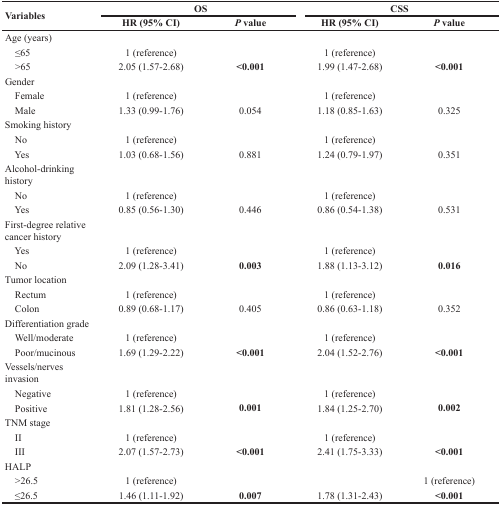
<table><thead><tr><td rowspan="2"><b>Variables</b></td><td colspan="2"><b>OS</b></td><td colspan="2"><b>CSS</b></td></tr><tr><td><b>HR (95% CI)</b></td><td><b><i>P</i> value</b></td><td><b>HR (95% CI)</b></td><td><b><i>P</i> value</b></td></tr></thead><tbody><tr><td>Age (years)</td><td></td><td></td><td></td><td></td></tr><tr><td> ≤65</td><td>1 (reference)</td><td></td><td>1 (reference)</td><td></td></tr><tr><td> &gt;65</td><td>2.05 (1.57-2.68)</td><td><b>&lt;0.001</b></td><td>1.99 (1.47-2.68)</td><td><b>&lt;0.001</b></td></tr><tr><td>Gender</td><td></td><td></td><td></td><td></td></tr><tr><td> Female</td><td>1 (reference)</td><td></td><td>1 (reference)</td><td></td></tr><tr><td> Male</td><td>1.33 (0.99-1.76)</td><td>0.054</td><td>1.18 (0.85-1.63)</td><td>0.325</td></tr><tr><td>Smoking history</td><td></td><td></td><td></td><td></td></tr><tr><td> No</td><td>1 (reference)</td><td></td><td>1 (reference)</td><td></td></tr><tr><td> Yes</td><td>1.03 (0.68-1.56)</td><td>0.881</td><td>1.24 (0.79-1.97)</td><td>0.351</td></tr><tr><td>Alcohol-drinking history</td><td></td><td></td><td></td><td></td></tr><tr><td> No</td><td>1 (reference)</td><td></td><td>1 (reference)</td><td></td></tr><tr><td> Yes</td><td>0.85 (0.56-1.30)</td><td>0.446</td><td>0.86 (0.54-1.38)</td><td>0.531</td></tr><tr><td>First-degree relative cancer history</td><td></td><td></td><td></td><td></td></tr><tr><td> Yes</td><td>1 (reference)</td><td></td><td>1 (reference)</td><td></td></tr><tr><td> No</td><td>2.09 (1.28-3.41)</td><td><b>0.003</b></td><td>1.88 (1.13-3.12)</td><td><b>0.016</b></td></tr><tr><td>Tumor location</td><td></td><td></td><td></td><td></td></tr><tr><td> Rectum</td><td>1 (reference)</td><td></td><td>1 (reference)</td><td></td></tr><tr><td> Colon</td><td>0.89 (0.68-1.17)</td><td>0.405</td><td>0.86 (0.63-1.18)</td><td>0.352</td></tr><tr><td>Differentiation grade</td><td></td><td></td><td></td><td></td></tr><tr><td> Well/moderate</td><td>1 (reference)</td><td></td><td>1 (reference)</td><td></td></tr><tr><td> Poor/mucinous</td><td>1.69 (1.29-2.22)</td><td><b>&lt;0.001</b></td><td>2.04 (1.52-2.76)</td><td><b>&lt;0.001</b></td></tr><tr><td>Vessels/nerves invasion</td><td></td><td></td><td></td><td></td></tr><tr><td> Negative</td><td>1 (reference)</td><td></td><td>1 (reference)</td><td></td></tr><tr><td> Positive</td><td>1.81 (1.28-2.56)</td><td><b>0.001</b></td><td>1.84 (1.25-2.70)</td><td><b>0.002</b></td></tr><tr><td>TNM stage</td><td></td><td></td><td></td><td></td></tr><tr><td> II</td><td>1 (reference)</td><td></td><td>1 (reference)</td><td></td></tr><tr><td> III</td><td>2.07 (1.57-2.73)</td><td><b>&lt;0.001</b></td><td>2.41 (1.75-3.33)</td><td><b>&lt;0.001</b></td></tr><tr><td>HALP</td><td></td><td></td><td></td><td></td></tr><tr><td> &gt;26.5</td><td>1 (reference)</td><td></td><td></td><td>1 (reference)</td></tr><tr><td> ≤26.5</td><td>1.46 (1.11-1.92)</td><td><b>0.007</b></td><td>1.78 (1.31-2.43)</td><td><b>&lt;0.001</b></td></tr></tbody></table>